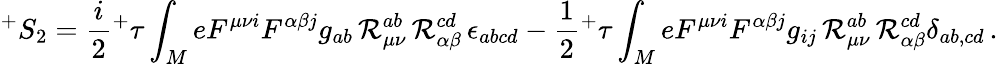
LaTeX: ^{+}S_{2}=\frac{i}{2}{^+\tau}\int_{M}eF^{\mu\nu i}F^{\alpha\beta j}g_{ab}\, {\cal R}_{\mu\nu}^{ab}\, {\cal R}_{\alpha\beta}^{cd}\, \epsilon_{abcd}-\frac{1}{2}{^+\tau}\int_{M}eF^{\mu\nu i}F^{\alpha\beta j}g_{ij}\, {\cal R}_{\mu\nu}^{ab}\, {\cal R}_{\alpha\beta}^{cd}\delta_{ab,cd}\, .